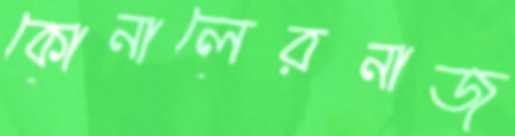
কোনালেরনাজ